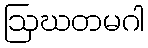
ဩဃတမဂါ